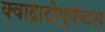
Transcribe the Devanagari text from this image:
क्वाद्रादोयुवेन्टस